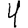
Digit: 4